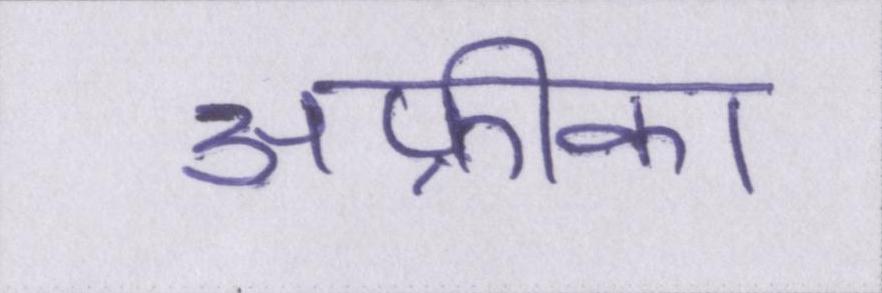
अफ्रीका